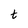
Character: t